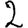
Digit: 2